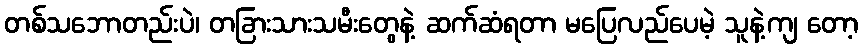
တစ်သဘောတည်းပဲ၊ တခြားသားသမီးတွေနဲ့ ဆက်ဆံရတာ မပြေလည်ပေမဲ့ သူနဲ့ကျ တော့